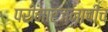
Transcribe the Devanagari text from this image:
परीमार्जनाचीच